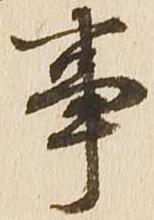
事